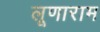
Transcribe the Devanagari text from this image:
लूणाराम